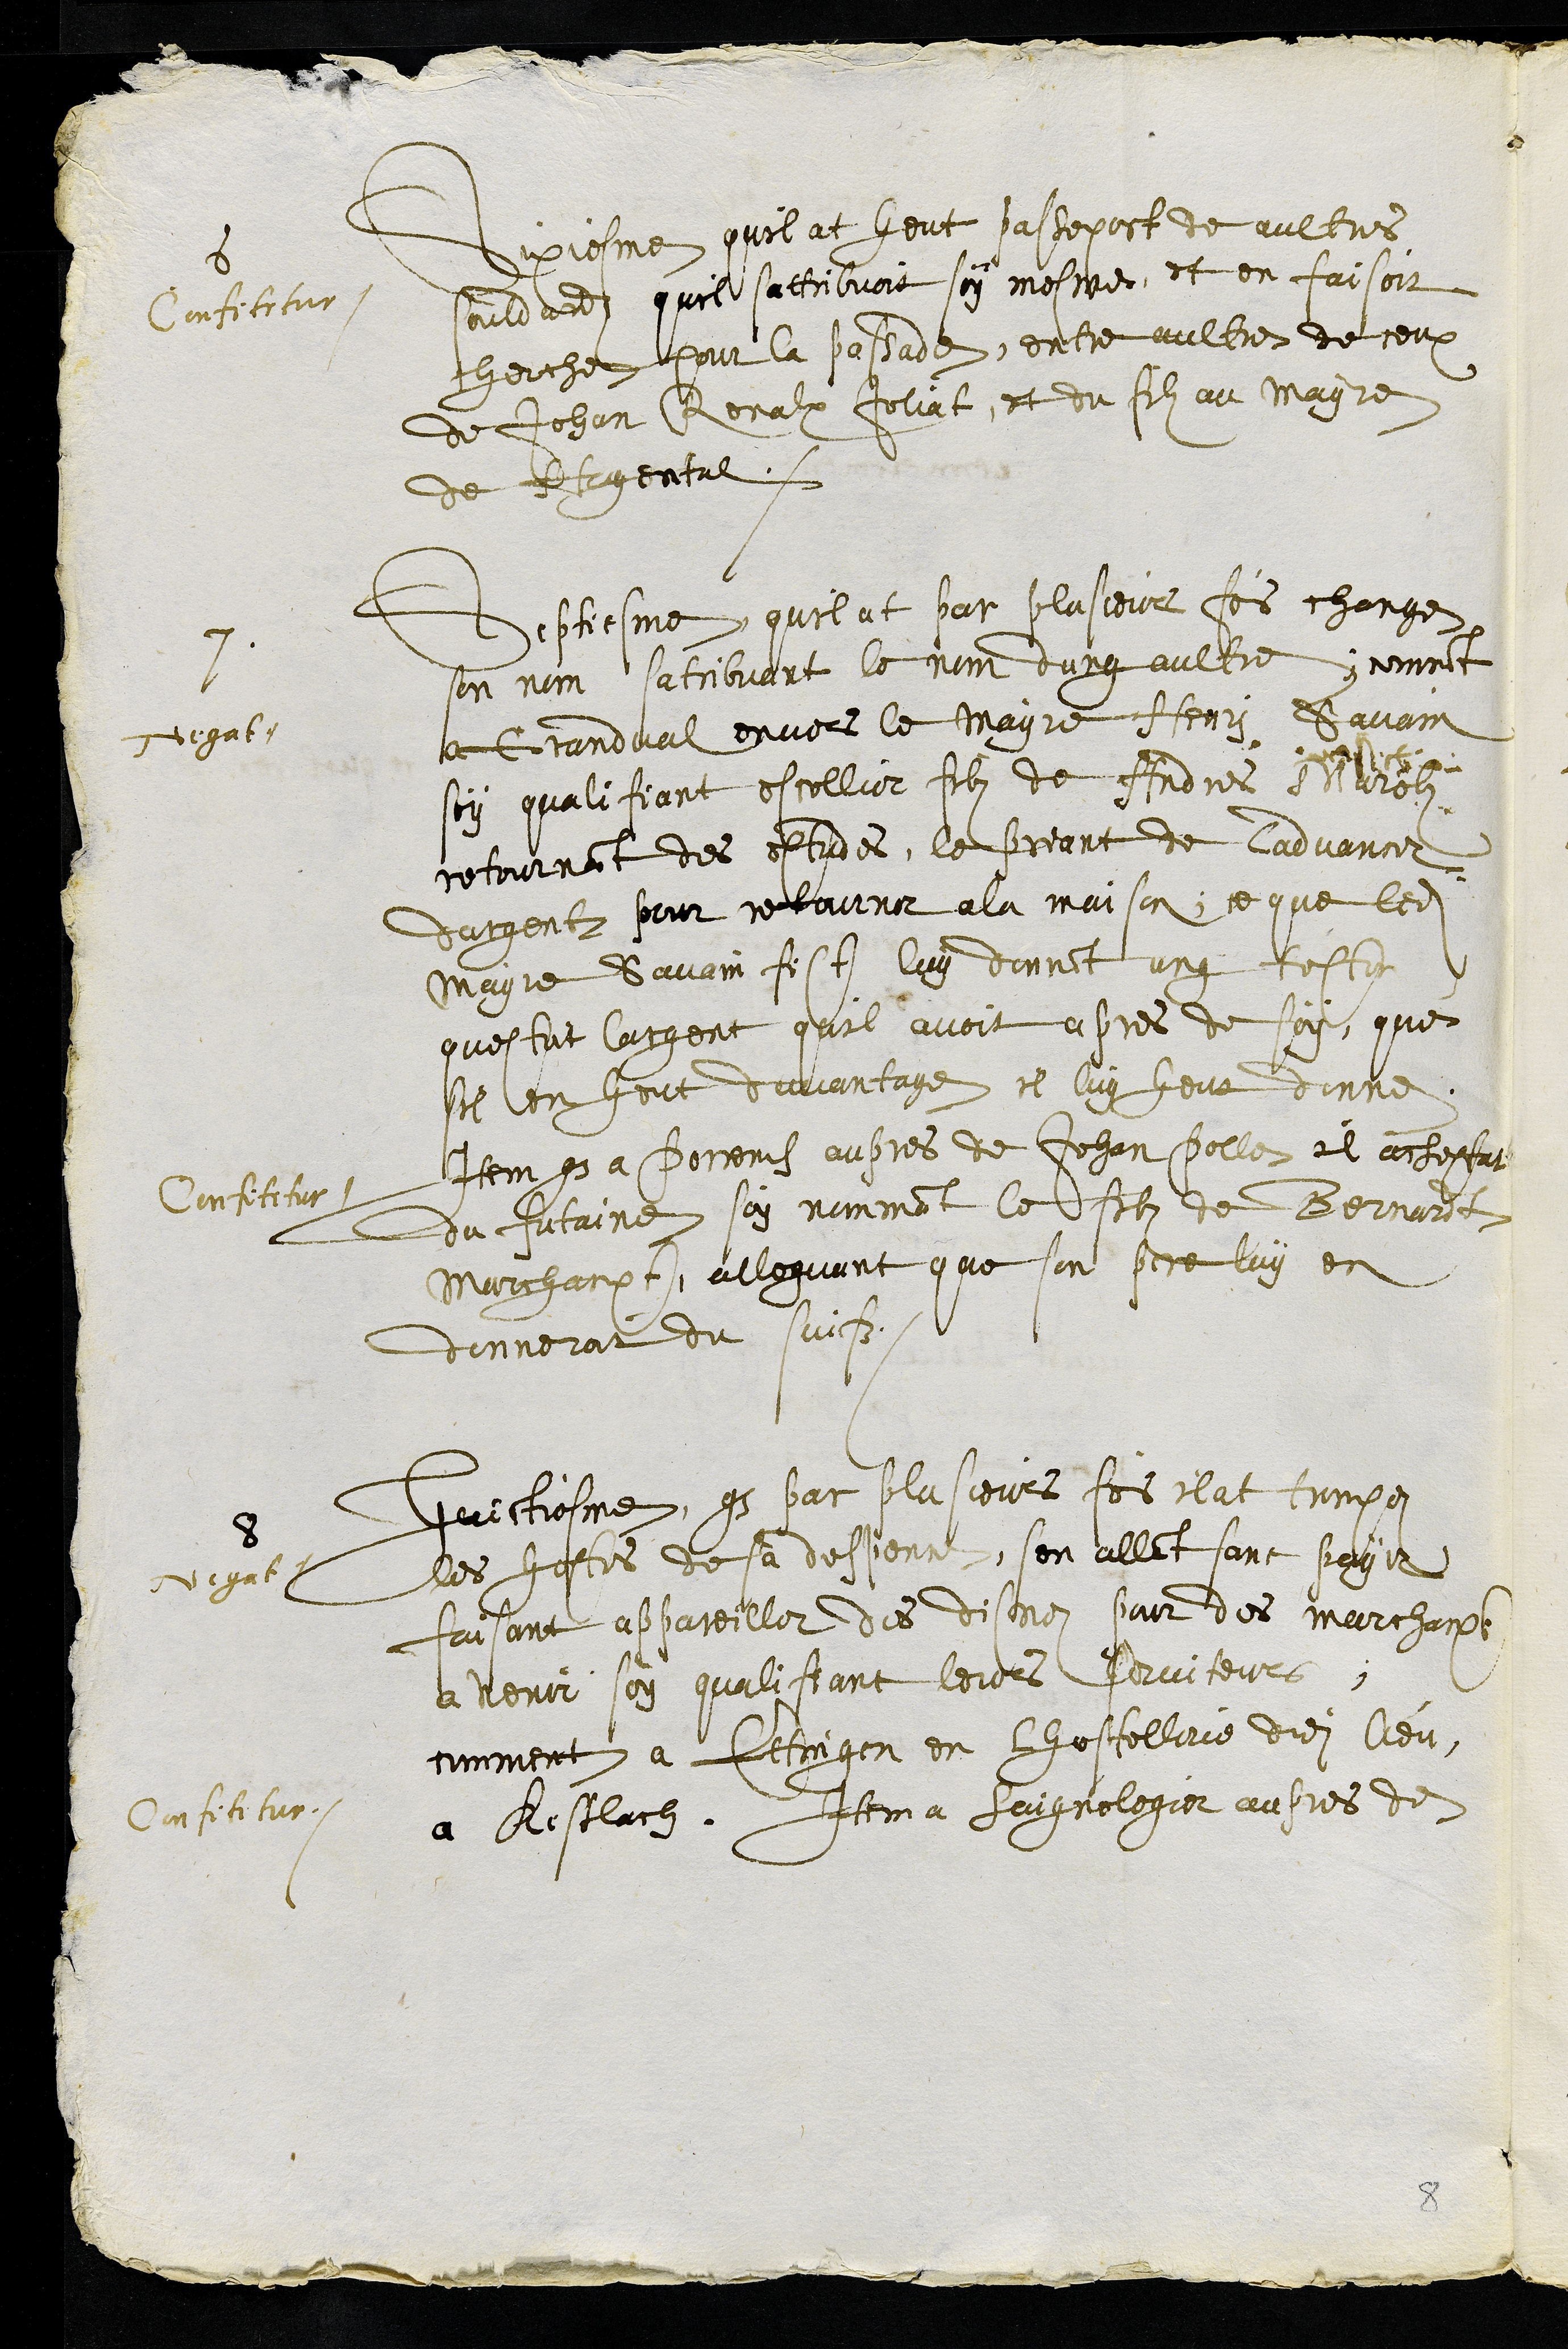
6
Sixiesme quil at heut passeport de aultres
souldadz quil sattribuoit soy mesme, et en faisoit
cherche pour la passade, entre aultres de ceux
de Jehan Renalx Joliat, et du filz au mayre
de Hagental.
Confitetur
7
Septiesme quil at par plusieurs fois change
son nom satribuant le nom dung aultre, Nomet
a Grandval envers le Mayre Henri Savain
soy qualifiant escollier filz de Andres Marolz
retournant des escoles, le priant de ladvancer
dargent pour retourner a la maison, ce que ledit
Mayre Savain fist luy donnant ung teston
questoit largent quil avoit apres de soy, que
sil en heut davantage il luy heut donne
Negat.
Item que a Porrentruy aupres de Jehan Polle il acheptat
du futaine soy nommant le filz de Bernardt
Marchanxt, alleguant que son pere luy en
donneroit du suifz
Confitetur.
8
Negat.
Huictiesme, que par plusieurs fois il at trompe
les hostes de sa despence, sen allant sans payer
faisant appareiller des disnez pour des marchanxt
a venir soy qualifiant leurs serviteurs
comment a Ettingen en lhostellerie dudit lieu,
a Kestlach. Item a Saignelegier aupres de
Confitetur
8